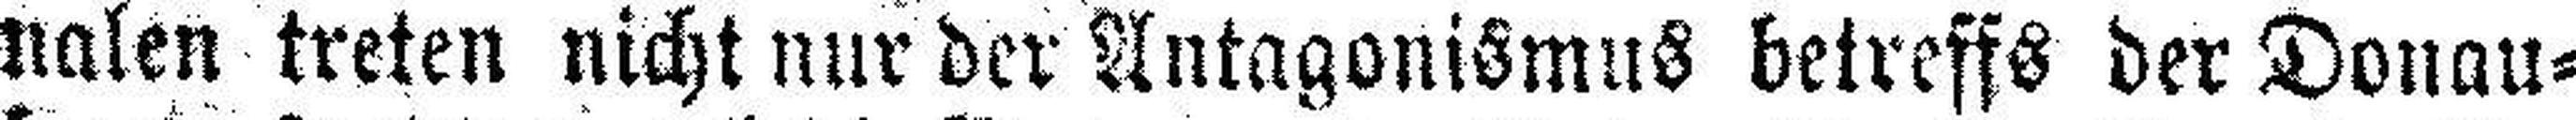
nalen treten nicht nur der Antagonismus betreffs der Donau¬